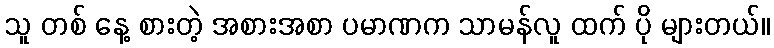
သူ တစ် နေ့ စားတဲ့ အစားအစာ ပမာဏက သာမန်လူ ထက် ပို များတယ်။